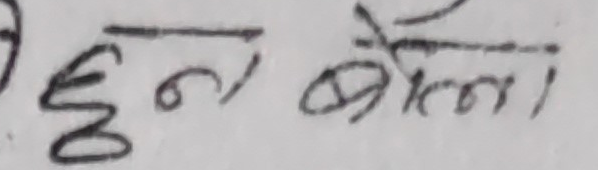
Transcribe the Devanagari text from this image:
हुन बेल्ना।